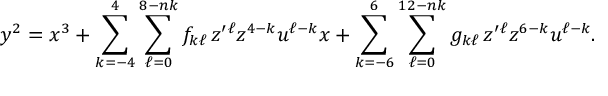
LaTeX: y ^ { 2 } = x ^ { 3 } + \sum _ { k = - 4 } ^ { 4 } \sum _ { \ell = 0 } ^ { 8 - n k } f _ { k \ell } \, z ^ { \prime } { } ^ { \ell } z ^ { 4 - k } u ^ { \ell - k } x + \sum _ { k = - 6 } ^ { 6 } \sum _ { \ell = 0 } ^ { 1 2 - n k } g _ { k \ell } \, z ^ { \prime } { } ^ { \ell } z ^ { 6 - k } u ^ { \ell - k } .